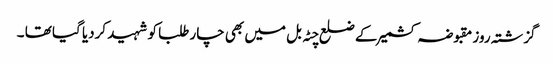
گزشتہ روز مقبوضہ کشمیر کے ضلع چٹہ بل میں بھی چار طلبا کو شہید کردیا گیا تھا ۔